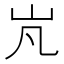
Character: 㞩